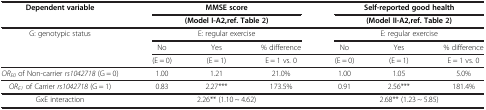
<table><thead><tr><td rowspan="2"><b>Dependent variable</b></td><td colspan="3"><b>MMSE score</b></td><td colspan="3"><b>Self-reported good health</b></td></tr><tr><td colspan="3"><b>(Model I-A2,ref. Table 2)</b></td><td colspan="3"><b>(Model II-A2,ref. Table 2)</b></td></tr></thead><tbody><tr><td rowspan="3">G: genotypic status</td><td colspan="3">E: regular exercise</td><td colspan="3">E: regular exercise</td></tr><tr><td>No</td><td>Yes</td><td>% difference</td><td>No</td><td>Yes</td><td>% difference</td></tr><tr><td>(E = 0)</td><td>(E = 1)</td><td>E = 1 vs. 0</td><td>(E = 0)</td><td>(E = 1)</td><td>E = 1 vs. 0</td></tr><tr><td><i>OR</i><sub><i>E0</i></sub> of Non-carrier <i>rs1042718</i> (G = 0)</td><td>1.00</td><td>1.21</td><td>21.0%</td><td>1.00</td><td>1.05</td><td>5.0%</td></tr><tr><td><i>OR</i><sub><i>E1</i></sub> of Carrier <i>rs1042718</i> (G = 1)</td><td>0.83</td><td>2.27***</td><td>173.5%</td><td>0.91</td><td>2.56***</td><td>181.4%</td></tr><tr><td>GxE interaction</td><td colspan="3">2.26** (1.10 ~ 4.62)</td><td colspan="3">2.68** (1.23 ~ 5.85)</td></tr></tbody></table>